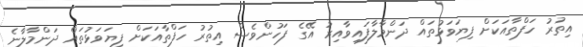
އިތުރު ހަފްތާއަކަށް ފިޔަވަޅުތައް ދަންމާލާފައިވާއިރު އޭގެ ފަހުންވެސް އިތުރު ހަފްތާއަކަށް ފިޔަވަޅުތައް ދަންމާލާނެ